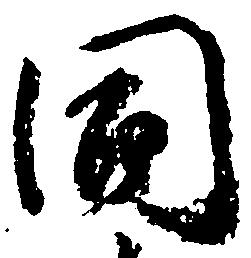
同